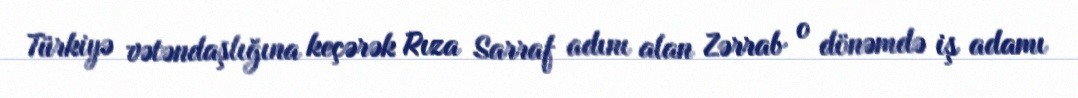
Türkiyə vətəndaşlığına keçərək Rıza Sarraf adını alan Zərrab o dönəmdə iş adamı